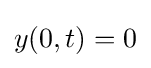
y(0,t)=0